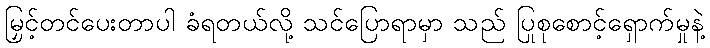
မြှင့်တင်ပေးတာပါ ခံရတယ်လို့ သင်ပြောရာမှာ သည် ပြုစုစောင့်ရှောက်မှုနဲ့